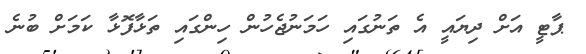
ޕާޓީ އަށް ދިޔައީ އެ ތަނުގައި ހަމަނުޖެހުން ހިންގައި ތަޅާފޮޅާ ކަމަށް ބުނެ